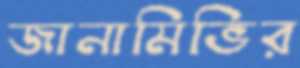
জানামিভির